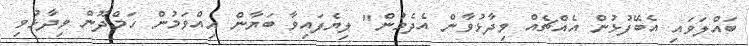
ބައްލަވައި އެބޭފުޅުން އެއްޗެއް ވިދާޅުވާން އެދެމުން" ލިޔެފައިވާ ބަޔާން އިއްވަމުން ހަމްދޫން ވިދާޅުވި